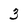
Character: 3